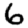
Digit: 6